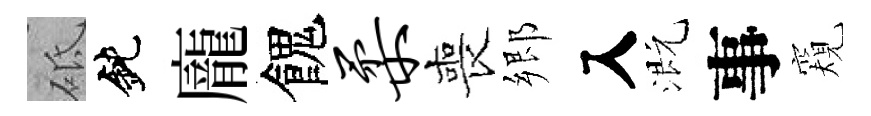
砥鈍龐餽柔喪郷入溉事窺